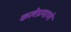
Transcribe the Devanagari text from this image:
कलेप्रमाणे